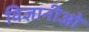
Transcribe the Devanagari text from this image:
विज्ञानीओ